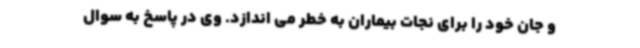
و جان خود را برای نجات بیماران به خطر می اندازد. وی در پاسخ به سوال